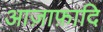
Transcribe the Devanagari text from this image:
आज़ाफ़ादि